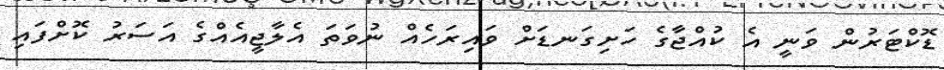
ޑޮކްޓަރުން ވަނީ އެ ކުއްޖާގެ ހަށިގަނޑަށް ވައިރަހެއް ނުވަތަ އެލާޖީއެއްގެ އަސަރު ކޮށްފައި